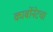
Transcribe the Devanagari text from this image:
कार्बोनेटचा